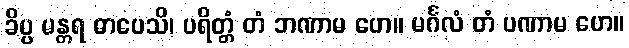
ခိပ္ပ မန္တရ ဓာပေသိ၊ ပရိတ္တံ တံ ဘဏာမ ဟေ။ မင်္ဂလံ တံ ပဏာမ ဟေ။